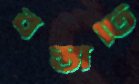
বস্তাটি